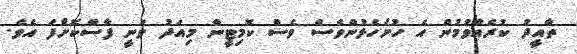
ތާއީދު ކުރެއްވުމުން އެ ހުށަހެޅުންވެސް ވެސް ކޮމިޓީން މިއަދު ވަނީ ފާސްކޮށްފަ އެވެ.